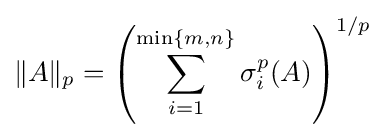
\|A\|_{p}=\left(\sum _{i=1}^{\min\{m,n\}}\sigma _{i}^{p}(A)\right)^{1/p}